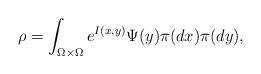
LaTeX: \begin{align*}\rho=\int_{\Omega\times\Omega} e^{I(x,y)}\Psi(y)\pi(dx)\pi(dy),\end{align*}